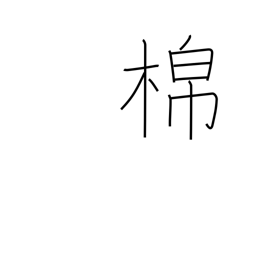
Meaning: cotton